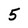
Character: 5